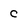
Character: C